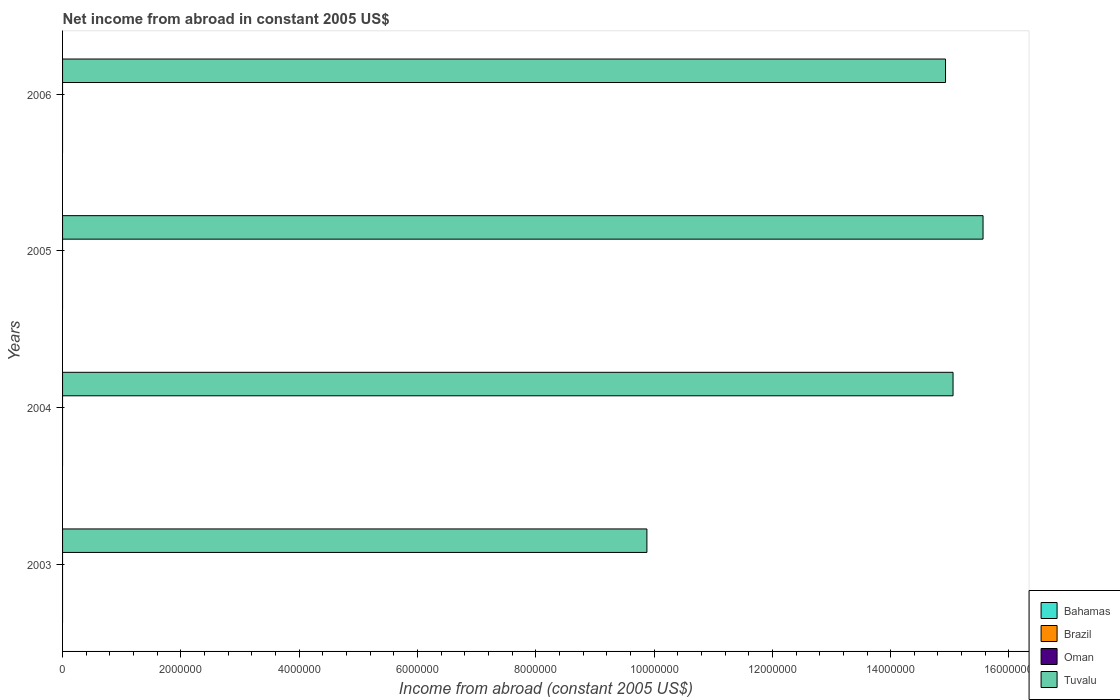
| Years | Bahamas | Brazil | Oman | Tuvalu |
 | --- | --- | --- | --- | --- |
 | 2003 | -9.62e+07 | -2.45e+10 | -6.33e+08 | 9.88e+06 |
 | 2004 | -7.8e+07 | -2.59e+10 | -4.8e+08 | 1.51e+07 |
 | 2005 | -1.82e+08 | -3.54e+10 | -1.2e+09 | 1.56e+07 |
 | 2006 | -2.18e+08 | -4.55e+10 | -3.99e+09 | 1.49e+07 |